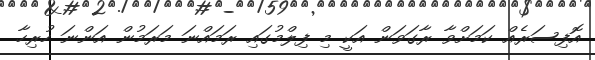
އޮފިސަރެއް ކަމަށްވާ ރާގަވަން އަކީ މި ފިލްމުގައި ރަމައްނަ މަރަމުން އަންނަ ހުރިހާ